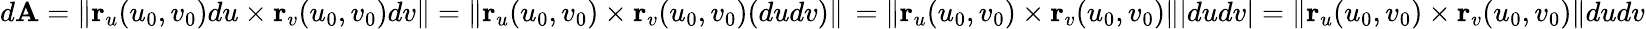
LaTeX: d\mathbf{A}=\| \mathbf{r}_{u}(u_{0},v_{0})du\times\mathbf{r}_{v}(u_{0},v_{0})dv\| =\| \mathbf{r}_{u}(u_{0},v_{0})\times\mathbf{r}_{v}(u_{0},v_{0})(dudv)\| \, =\| \mathbf{r}_{u}(u_{0},v_{0})\times\mathbf{r}_{v}(u_{0},v_{0})\| |dudv|=\| \mathbf{r}_{u}(u_{0},v_{0})\times\mathbf{r}_{v}(u_{0},v_{0})\| dudv